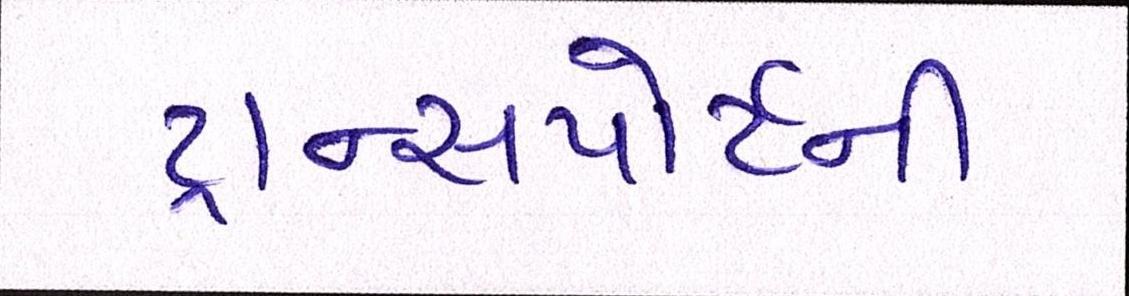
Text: ટ્રાન્સપોર્ટની